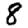
Digit: 8